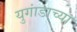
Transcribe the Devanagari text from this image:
युगांडाच्या